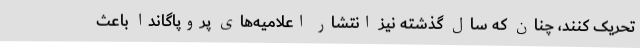
تحریک کنند، چنان که سال گذشته نیز انتشار اعلامیه‌های پروپاگاندا باعث